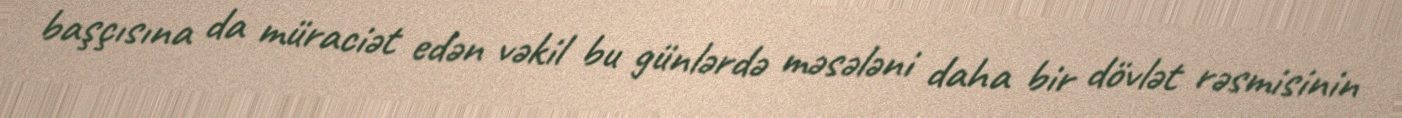
başçısına da müraciət edən vəkil bu günlərdə məsələni daha bir dövlət rəsmisinin